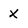
Character: X